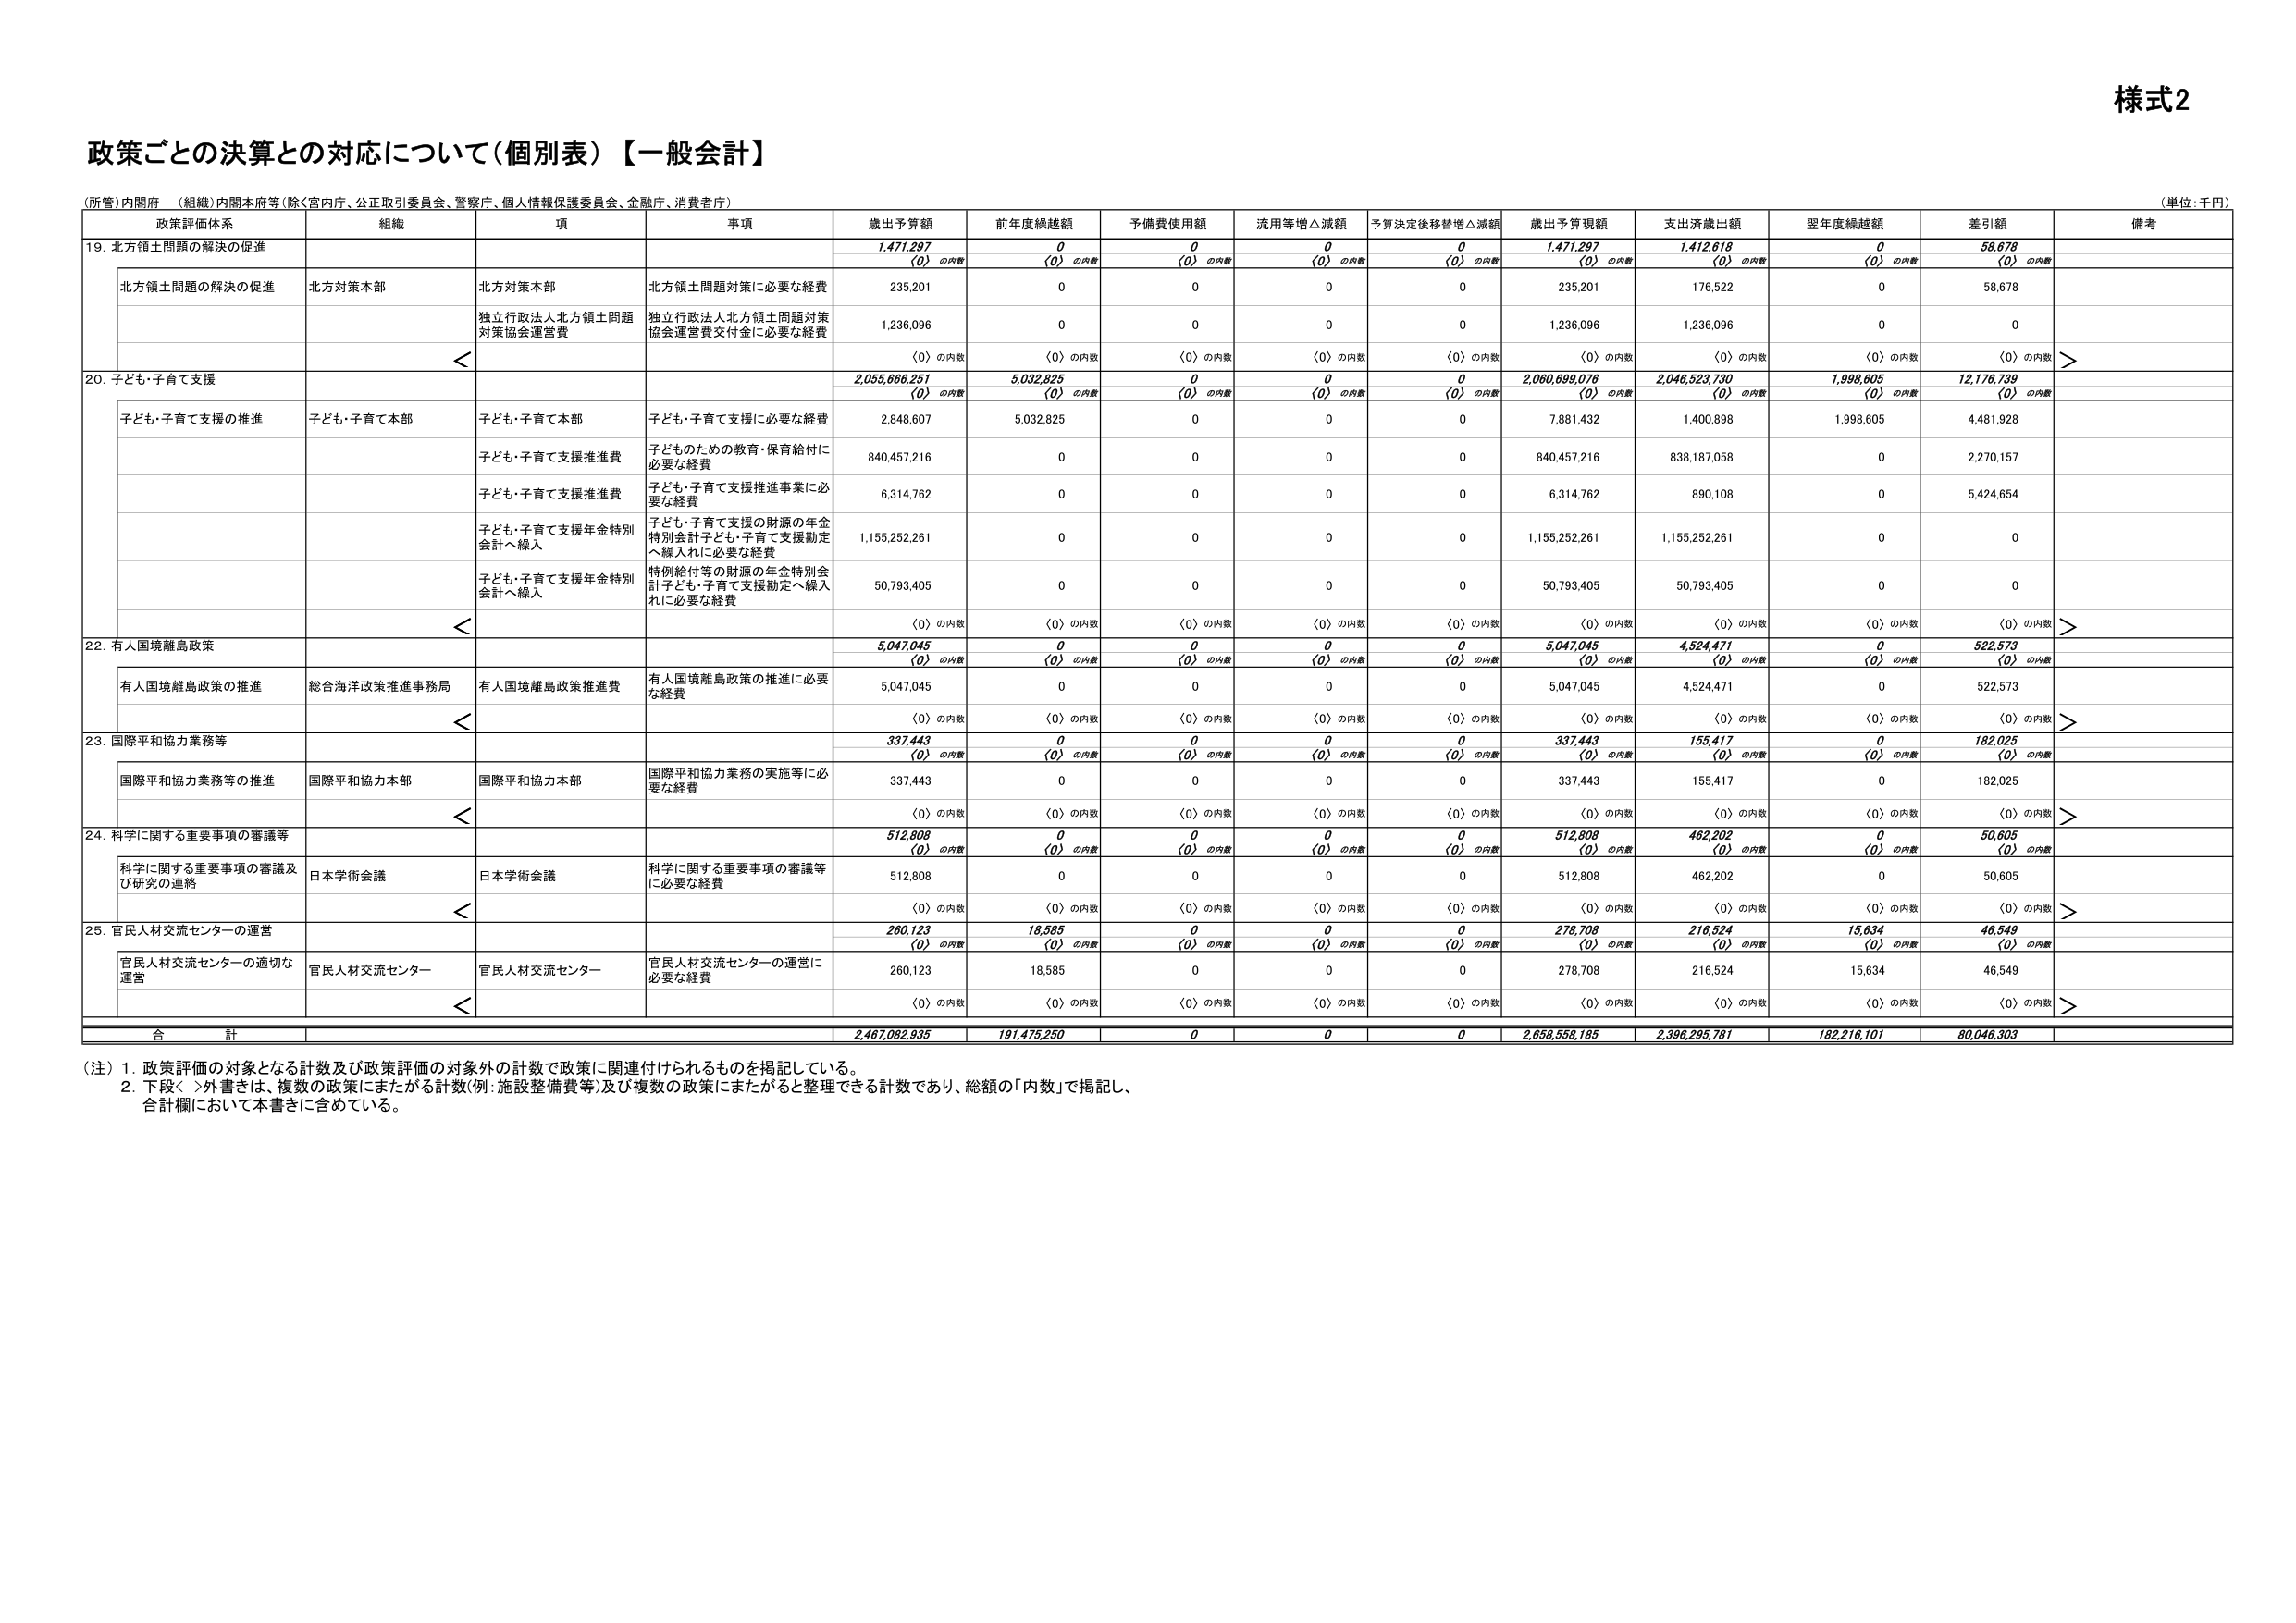
様式2

政策ごとの決算との対応について（個別表）【一般会計】

（所管）内閣府 （組織）内閣本府等（除く宮内庁、公正取引委員会、警察庁、個人情報保護委員会、金融庁、消費者庁）

（単位：千円）

政策評価体系 組織 項 事項 歳出予算額 前年度繰越額 予備費使用額 流用等増△減額 予算決定後移替増△減額 歳出予算現額 支出済歳出額 翌年度繰越額 差引額 備考

19. 北方領土問題の解決の促進

1,471,297
(0) の内数
0
(0) の内数
0
(0) の内数
0
(0) の内数
0
(0) の内数
1,471,297
(0) の内数
1,412,618
(0) の内数
0
(0) の内数
58,678
(0) の内数

北方領土問題の解決の促進 北方対策本部 北方対策本部 北方領土問題対策に必要な経費 235,201 0 0 0 0 235,201 176,522 0 58,678

独立行政法人北方領土問題対策協会運営費 独立行政法人北方領土問題対策協会運営費交付金に必要な経費 1,236,096 0 0 0 0 1,236,096 1,236,096 0 0

(0) の内数 (0) の内数 (0) の内数 (0) の内数 (0) の内数 (0) の内数 (0) の内数 (0) の内数 (0) の内数

20. 子ども・子育て支援

2,055,666,251
(0) の内数
5,032,825
(0) の内数
0
(0) の内数
0
(0) の内数
0
(0) の内数
2,060,699,076
(0) の内数
2,046,523,730
(0) の内数
1,998,605
(0) の内数
12,176,739
(0) の内数

子ども・子育て支援の推進 子ども・子育て本部 子ども・子育て本部 子ども・子育て支援に必要な経費 2,848,607 5,032,825 0 0 0 7,881,432 1,400,898 1,998,605 4,481,928

子ども・子育て支援推進費 子どものための教育・保育給付に必要な経費 840,457,216 0 0 0 0 840,457,216 838,187,058 0 2,270,157

子ども・子育て支援推進費 子ども・子育て支援推進事業に必要な経費 6,314,762 0 0 0 0 6,314,762 890,108 0 5,424,654

子ども・子育て支援年金特別会計へ繰入 子ども・子育て支援の財源の年金特別会計子ども・子育て支援勘定へ繰入れに必要な経費 1,155,252,261 0 0 0 0 1,155,252,261 1,155,252,261 0 0

子ども・子育て支援年金特別会計へ繰入 特例給付等の財源の年金特別会計子ども・子育て支援勘定へ繰入れに必要な経費 50,793,405 0 0 0 0 50,793,405 50,793,405 0 0

(0) の内数 (0) の内数 (0) の内数 (0) の内数 (0) の内数 (0) の内数 (0) の内数 (0) の内数 (0) の内数

22. 有人国境離島政策

5,047,045
(0) の内数
0
(0) の内数
0
(0) の内数
0
(0) の内数
0
(0) の内数
5,047,045
(0) の内数
4,524,471
(0) の内数
0
(0) の内数
522,573
(0) の内数

有人国境離島政策の推進 総合海洋政策推進事務局 有人国境離島政策推進費 有人国境離島政策の推進に必要な経費 5,047,045 0 0 0 0 5,047,045 4,524,471 0 522,573

(0) の内数 (0) の内数 (0) の内数 (0) の内数 (0) の内数 (0) の内数 (0) の内数 (0) の内数 (0) の内数

23. 国際平和協力業務等

337,443
(0) の内数
0
(0) の内数
0
(0) の内数
0
(0) の内数
0
(0) の内数
337,443
(0) の内数
155,417
(0) の内数
0
(0) の内数
182,025
(0) の内数

国際平和協力業務等の推進 国際平和協力本部 国際平和協力本部 国際平和協力業務の実施等に必要な経費 337,443 0 0 0 0 337,443 155,417 0 182,025

(0) の内数 (0) の内数 (0) の内数 (0) の内数 (0) の内数 (0) の内数 (0) の内数 (0) の内数 (0) の内数

24. 科学に関する重要事項の審議等

512,808
(0) の内数
0
(0) の内数
0
(0) の内数
0
(0) の内数
0
(0) の内数
512,808
(0) の内数
462,202
(0) の内数
0
(0) の内数
50,605
(0) の内数

科学に関する重要事項の審議及び研究の連絡 日本学術会議 日本学術会議 科学に関する重要事項の審議等に必要な経費 512,808 0 0 0 0 512,808 462,202 0 50,605

(0) の内数 (0) の内数 (0) の内数 (0) の内数 (0) の内数 (0) の内数 (0) の内数 (0) の内数 (0) の内数

25. 官民人材交流センターの運営

260,123
(0) の内数
18,585
(0) の内数
0
(0) の内数
0
(0) の内数
0
(0) の内数
278,708
(0) の内数
216,524
(0) の内数
15,634
(0) の内数
46,549
(0) の内数

官民人材交流センターの適切な運営 官民人材交流センター 官民人材交流センター 官民人材交流センターの運営に必要な経費 260,123 18,585 0 0 0 278,708 216,524 15,634 46,549

(0) の内数 (0) の内数 (0) の内数 (0) の内数 (0) の内数 (0) の内数 (0) の内数 (0) の内数 (0) の内数

合計 2,467,082,935 191,475,250 0 0 0 2,658,558,185 2,396,295,781 182,216,101 80,046,303

（注）1. 政策評価の対象となる計数及び政策評価の対象外の計数で政策に関連付けられるものを掲記している。
2. 下段＜＞外書きは、複数の政策にまたがる計数（例：施設整備費等）及び複数の政策にまたがると整理できる計数であり、総額の「内数」で掲記し、合計欄において本書きに含めている。